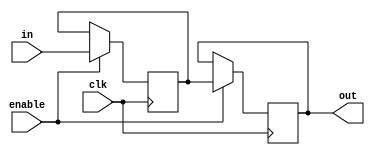
module column_shifter #(
  parameter LENGTH = 4,
  parameter DATA_WIDTH = 16
) (
  input clk,
  input enable,
  input [LENGTH*DATA_WIDTH-1 : 0] in,
  output reg [LENGTH*DATA_WIDTH-1 : 0] out  
);
  reg [DATA_WIDTH*LENGTH-1 : 0] inner_shifters = 0;
  always @(posedge clk) begin
    inner_shifters <= enable ? in : inner_shifters;
    out <= enable ? inner_shifters : out;
  end
endmodule

module test();
  reg clk = 0;
  reg [31:0] in;
  reg enable = 1;
  wire [31:0] out;
  column_shifter #(2,16) hahaha (clk, enable, in, out);
  
  always # 1 begin 
    $display("out[1]: %d, out[0]: %d", out[31:16], out[15:0]);
    clk = !clk; 
  end
  
  initial begin
    # 0 in = 0;
    # 1 in[31:16] = 3; in[15:0] = 1;
    # 1 in[31:16] = 3; in[15:0] = 1;
    # 1 in[31:16] = 2; in[15:0] = 4;
    # 1 in[31:16] = 2; in[15:0] = 4;
    # 3 $stop;
  end
  
endmodule